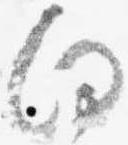
向